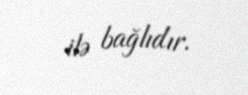
ilə bağlıdır.